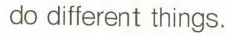
do different things.